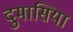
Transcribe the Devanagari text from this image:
दुमासिया